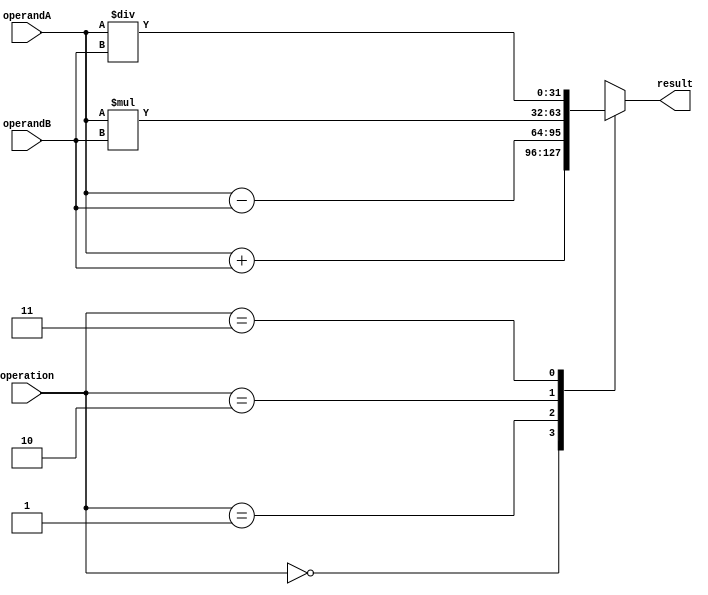
module FloatingPointALU (
    input wire [31:0] operandA,
    input wire [31:0] operandB,
    input wire [2:0] operation,
    output wire [31:0] result
);

//Exponent block
//Code for exponent block goes here

//Mantissa block
//Code for mantissa block goes here

//Special cases handling
//Code for special cases handling goes here

//Parallel processing and pipelining
//Code for parallel processing and pipelining goes here

//Arithmetic operations
always @* begin
    case(operation)
        3'b000: result = operandA + operandB; //Addition
        3'b001: result = operandA - operandB; //Subtraction
        3'b010: result = operandA * operandB; //Multiplication
        3'b011: result = operandA / operandB; //Division
        default: result = 32'hxxxxxxxx; //Invalid operation
    endcase
end

endmodule